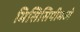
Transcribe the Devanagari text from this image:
मिसिसिपीमध्ये